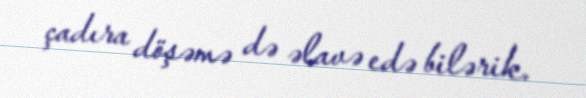
çadıra döşəmə də əlavə edə bilərik.